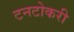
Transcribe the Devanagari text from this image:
टनटोकरी